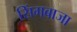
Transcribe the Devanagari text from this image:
सिंगबाजा